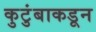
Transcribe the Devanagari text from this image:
कुटुंबाकडून